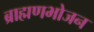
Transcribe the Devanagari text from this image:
ब्राह्मणभोजन